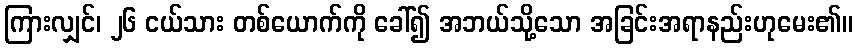
ကြားလျှင်၊ ၂၆ ငယ်သား တစ်ယောက်ကို ခေါ်၍ အဘယ်သို့သော အခြင်းအရာနည်းဟုမေး၏။